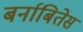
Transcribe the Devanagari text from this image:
बर्नाबितेस